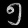
Digit: ၅